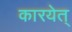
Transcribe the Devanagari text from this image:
कारयेत्‌